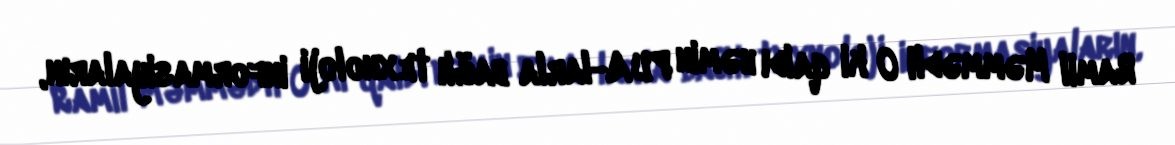
Ramil Məmmədli O ki qaldı həmin PUA-larla bağlı texnoloji informasiyaların,